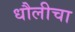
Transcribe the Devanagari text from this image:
धौलीचा